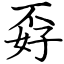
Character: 孬